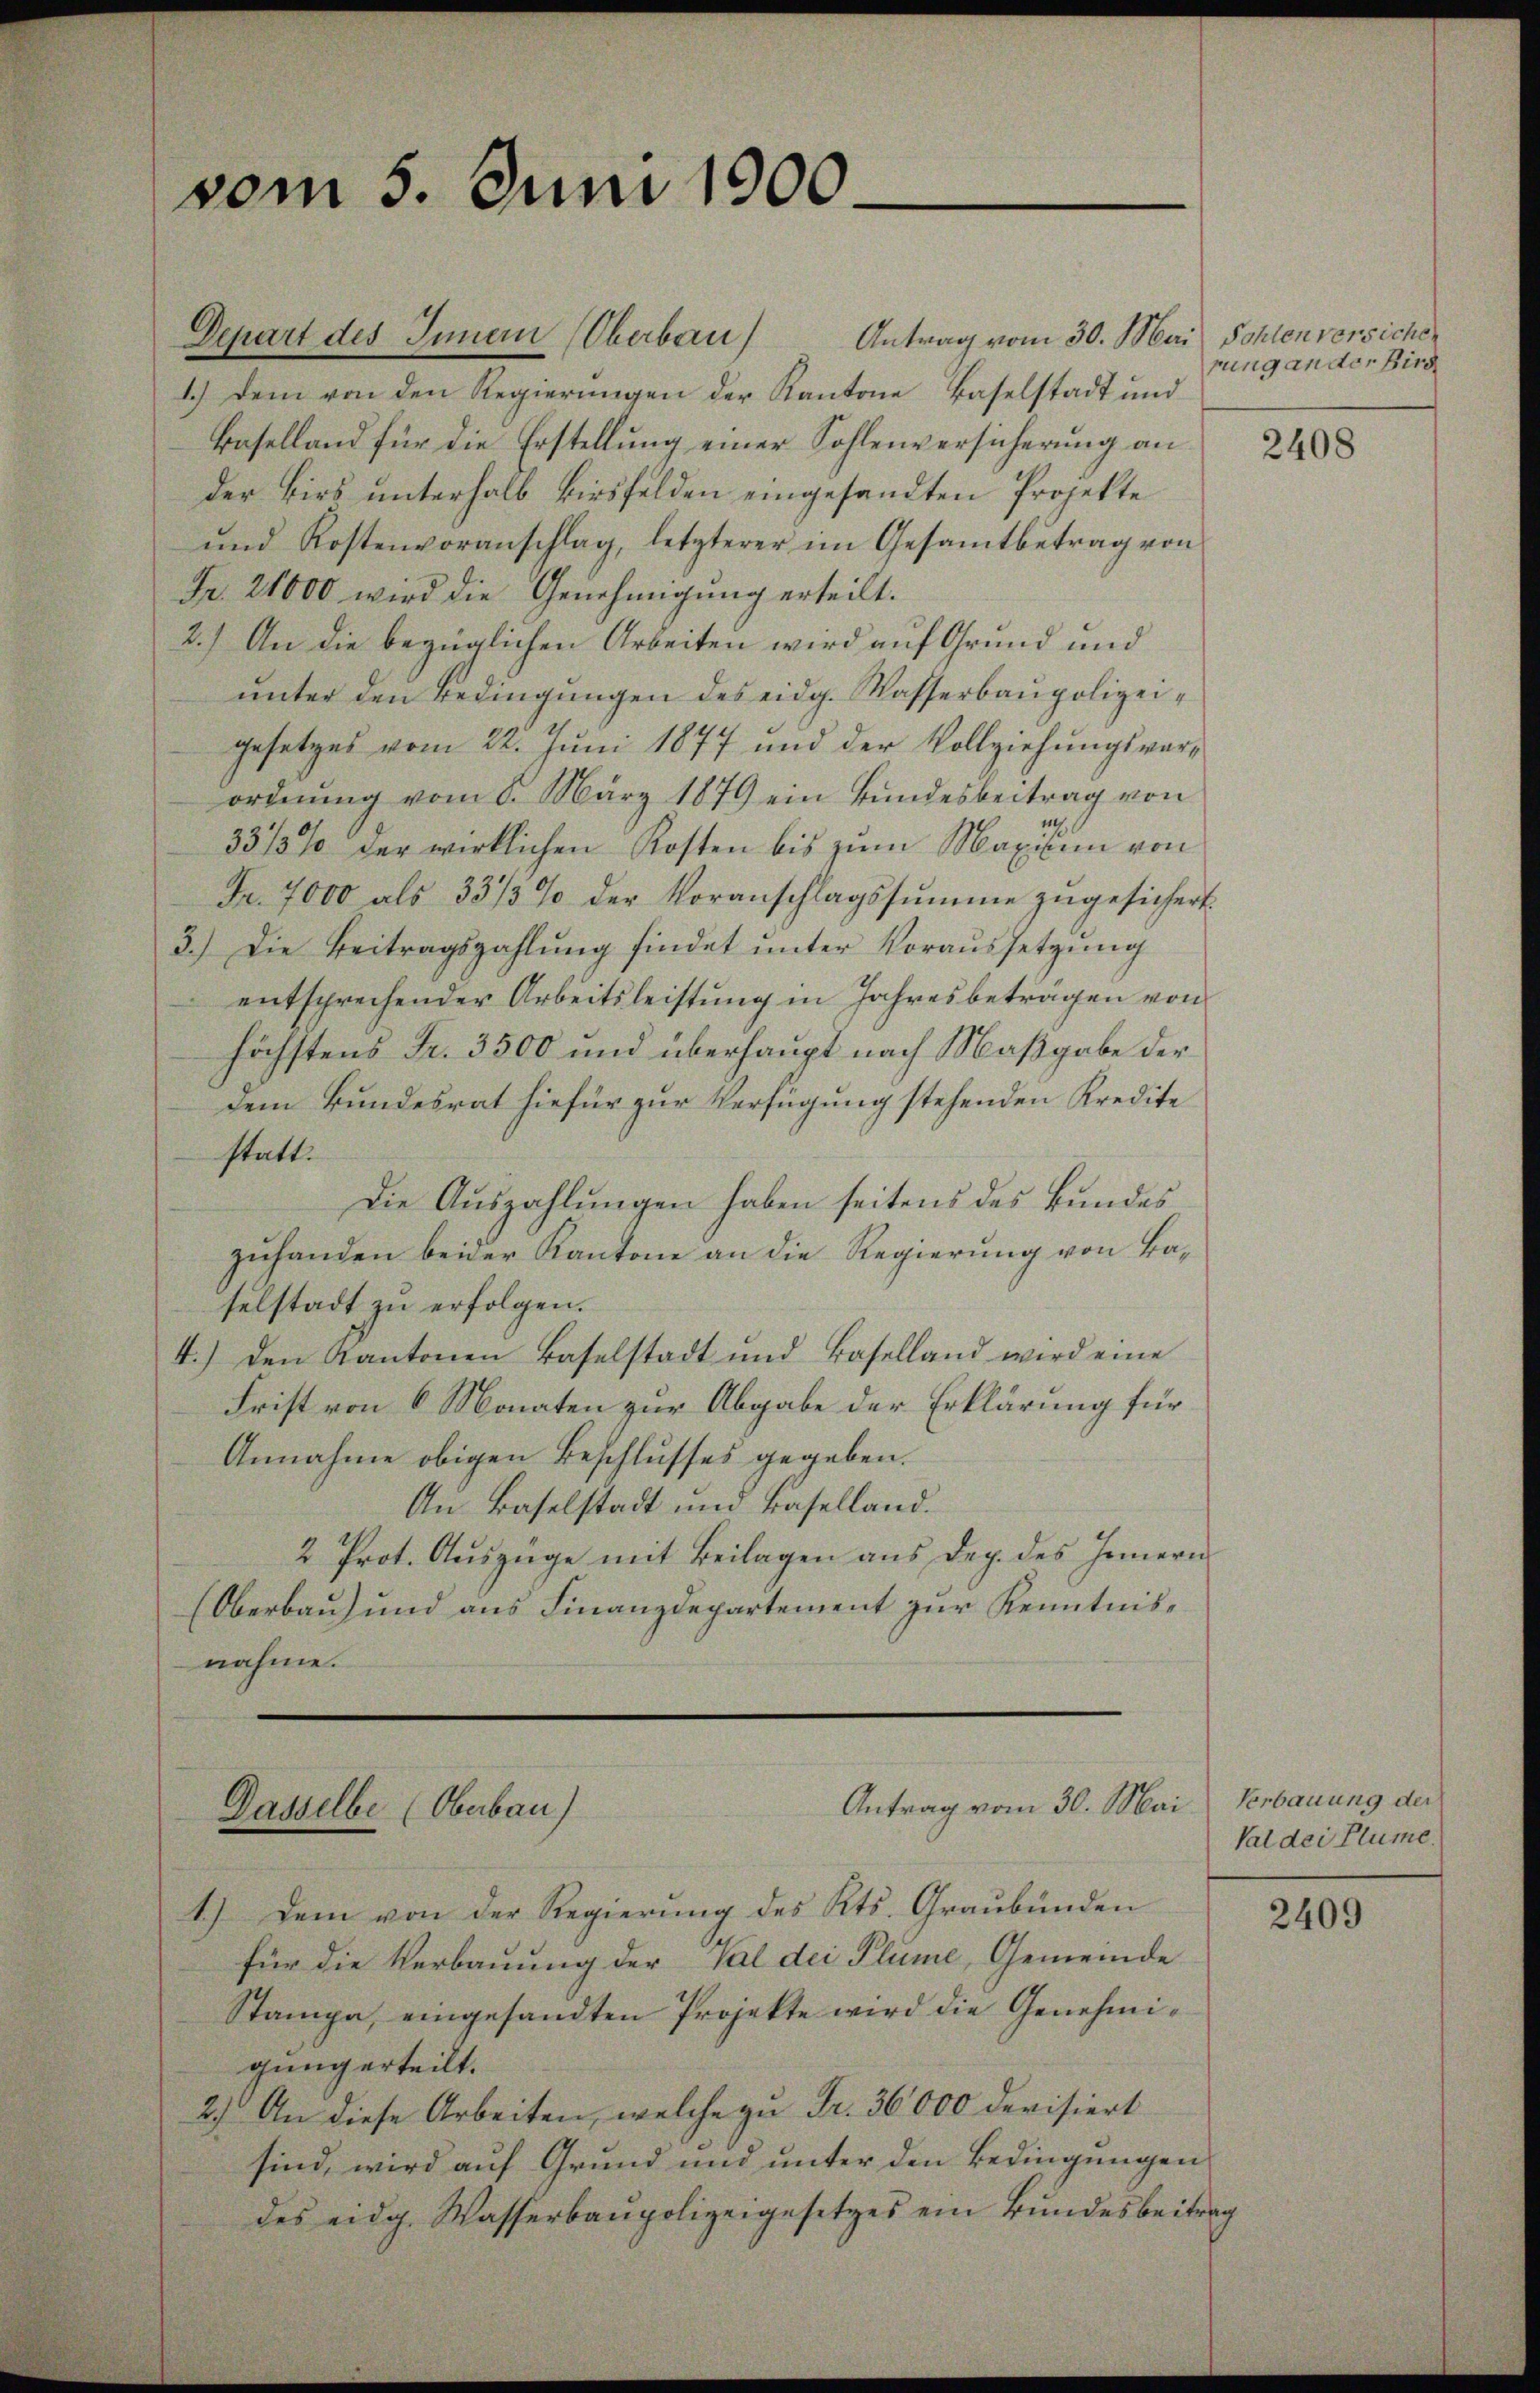
vom 5. Juni 1900.

Depart des Innern Oberbau Antrag vom 30. Mai Sohlen versiche
1.) Dem von den Regierungen der Kantone Baselstadt und
Baselland für die Erstellung einer Sohlenversicherung an
der Birs unterhalb Birsfelden eingesandten Projekte
ŭnd Kostenvoranschlag, letzterer im Gesamtbetrag von
Fr. 21000 wird die Genehmigung erteilt.
2.) An die bezüglichen Arbeiten wird auf Grund und
unter den Bedingungen des eidg. Wasserbaupolizeigesetzes vom 22. Juni 1877 und der Vollziehungsverordnung vom 6. März 1879 ein Bundesbeitrag von
33/3% der wirklichen Kosten bis zum Maxisum von
Fr. 7000 als 33/3% der Voranschlagssŭmme zŭgesichert.
3.) Die Beitragszahlung findet unter Voraussetzung
entsprechender Arbeitsleistŭng in Jahresbeträgen von
höchstens Fr. 3500 und überhaupt nach Maßgabe der
dem Bundesrat hiefür zur Verfügung stehenden Kredite
statt.
Die Auszahlungen haben seitens des Bundes
zuhanden beider Kantone an die Regierung von Baselstadt zu erfolgen.
4.) Den Kantonen Baselstadt und Baselland wird eine
Frist von 6 Monaten zur Abgabe der Erklärung für
Annahme obigen Beschlusses gegeben.
An Baselstadt und Baselland.
2 Prot. Auszüge mit Beilagen aus Dep. des Innern
(Oberbau und aus Finanzdepartement zur Kenntnisnahme.

Dasselbe (Oberbau)

Antrag vom 30. Mai

1.) Dem von der Regierung des Kts. Graubünden
für die Verbauung der Val dei Plüme, Gemeinde
Stampa, eingesandten Projekte wird die Genehmigung erteilt.
2.) An diese Arbeiten, welche zu Fr. 36000 devisiert
sind, wird auf Grund und unter den Bedingungen
des eidg. Wasserbaupolizeigesetzes ein Bundesbeitrag

rung ander Bird

2408

Verbauung der
Val dei Plume.

2409